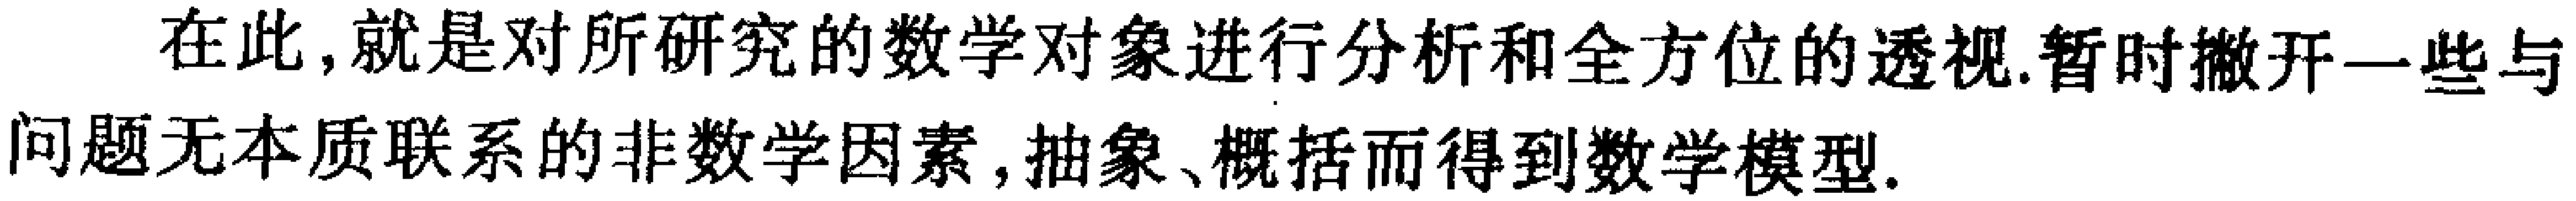
在此，就是对所研究的数学对象进行分析和全方位的透视.暂时撇开一些与问题无本质联系的非数学因素, 抽象、概括而得到数学模型.